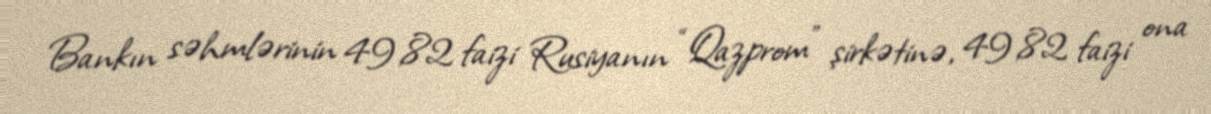
Bankın səhmlərinin 49,82 faizi Rusiyanın “Qazprom” şirkətinə, 49,82 faizi ona